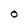
Character: O